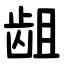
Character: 龃